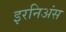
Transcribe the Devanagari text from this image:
इरनिअंस